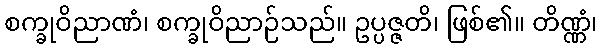
စက္ခုဝိညာဏံ၊ စက္ခုဝိညာဉ်သည်။ ဥပ္ပဇ္ဇတိ၊ ဖြစ်၏။ တိဏ္ဏံ၊